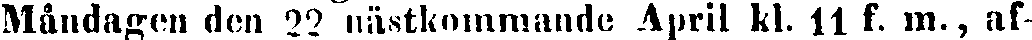
Måndagen den 22 nästkommande April kl. 11 f. m., af-